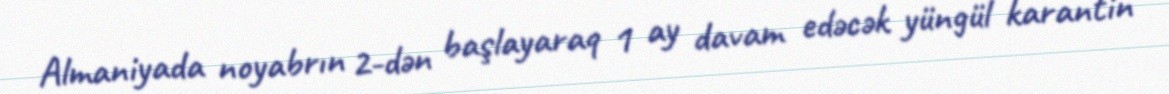
Almaniyada noyabrın 2-dən başlayaraq 1 ay davam edəcək yüngül karantin